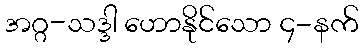
အဂ္ဂ-သဒ္ဒါ ဟောနိုင်သော ၄-နက်